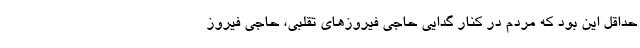
حداقل این بود که مردم در کنار گدایی حاجی ‌فیروزهای تقلبی، حاجی ‌فیروز